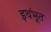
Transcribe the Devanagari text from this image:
इथंभूत